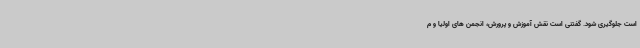
است جلوگیری شود. گفتنی است نقش آموزش و پرورش، انجمن های اولیا و م